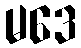
မဒေ